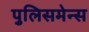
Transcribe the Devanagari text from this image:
पुलिसमेन्स